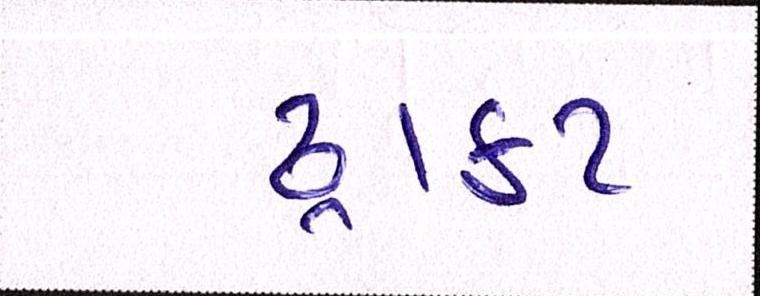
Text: ડ્રાફટ